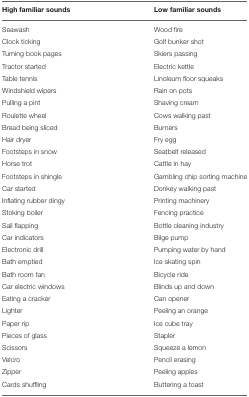
<table><thead><tr><td><b>High familiar sounds</b></td><td><b>Low familiar sounds</b></td></tr></thead><tbody><tr><td>Seawash</td><td>Wood fire</td></tr><tr><td>Clock ticking</td><td>Golf bunker shot</td></tr><tr><td>Turning book pages</td><td>Skiers passing</td></tr><tr><td>Tractor started</td><td>Electric kettle</td></tr><tr><td>Table tennis</td><td>Linoleum floor squeaks</td></tr><tr><td>Windshield wipers</td><td>Rain on pots</td></tr><tr><td>Pulling a pint</td><td>Shaving cream</td></tr><tr><td>Roulette wheel</td><td>Cows walking past</td></tr><tr><td>Bread being sliced</td><td>Burners</td></tr><tr><td>Hair dryer</td><td>Fry egg</td></tr><tr><td>Footsteps in snow</td><td>Seatbelt released</td></tr><tr><td>Horse trot</td><td>Cattle in hay</td></tr><tr><td>Footsteps in shingle</td><td>Gambling chip sorting machine</td></tr><tr><td>Car started</td><td>Donkey walking past</td></tr><tr><td>Inflating rubber dingy</td><td>Printing machinery</td></tr><tr><td>Stoking boiler</td><td>Fencing practice</td></tr><tr><td>Sail flapping</td><td>Bottle cleaning industry</td></tr><tr><td>Car indicators</td><td>Bilge pump</td></tr><tr><td>Electronic drill</td><td>Pumping water by hand</td></tr><tr><td>Bath emptied</td><td>Ice skating spin</td></tr><tr><td>Bath room fan</td><td>Bicycle ride</td></tr><tr><td>Car electric windows</td><td>Blinds up and down</td></tr><tr><td>Eating a cracker</td><td>Can opener</td></tr><tr><td>Lighter</td><td>Peeling an orange</td></tr><tr><td>Paper rip</td><td>Ice cube tray</td></tr><tr><td>Pieces of glass</td><td>Stapler</td></tr><tr><td>Scissors</td><td>Squeeze a lemon</td></tr><tr><td>Velcro</td><td>Pencil erasing</td></tr><tr><td>Zipper</td><td>Peeling apples</td></tr><tr><td>Cards shuffling</td><td>Buttering a toast</td></tr></tbody></table>